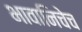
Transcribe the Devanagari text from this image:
भावानिचेच